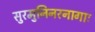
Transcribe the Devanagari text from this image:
सुरमुनिनरनागाः